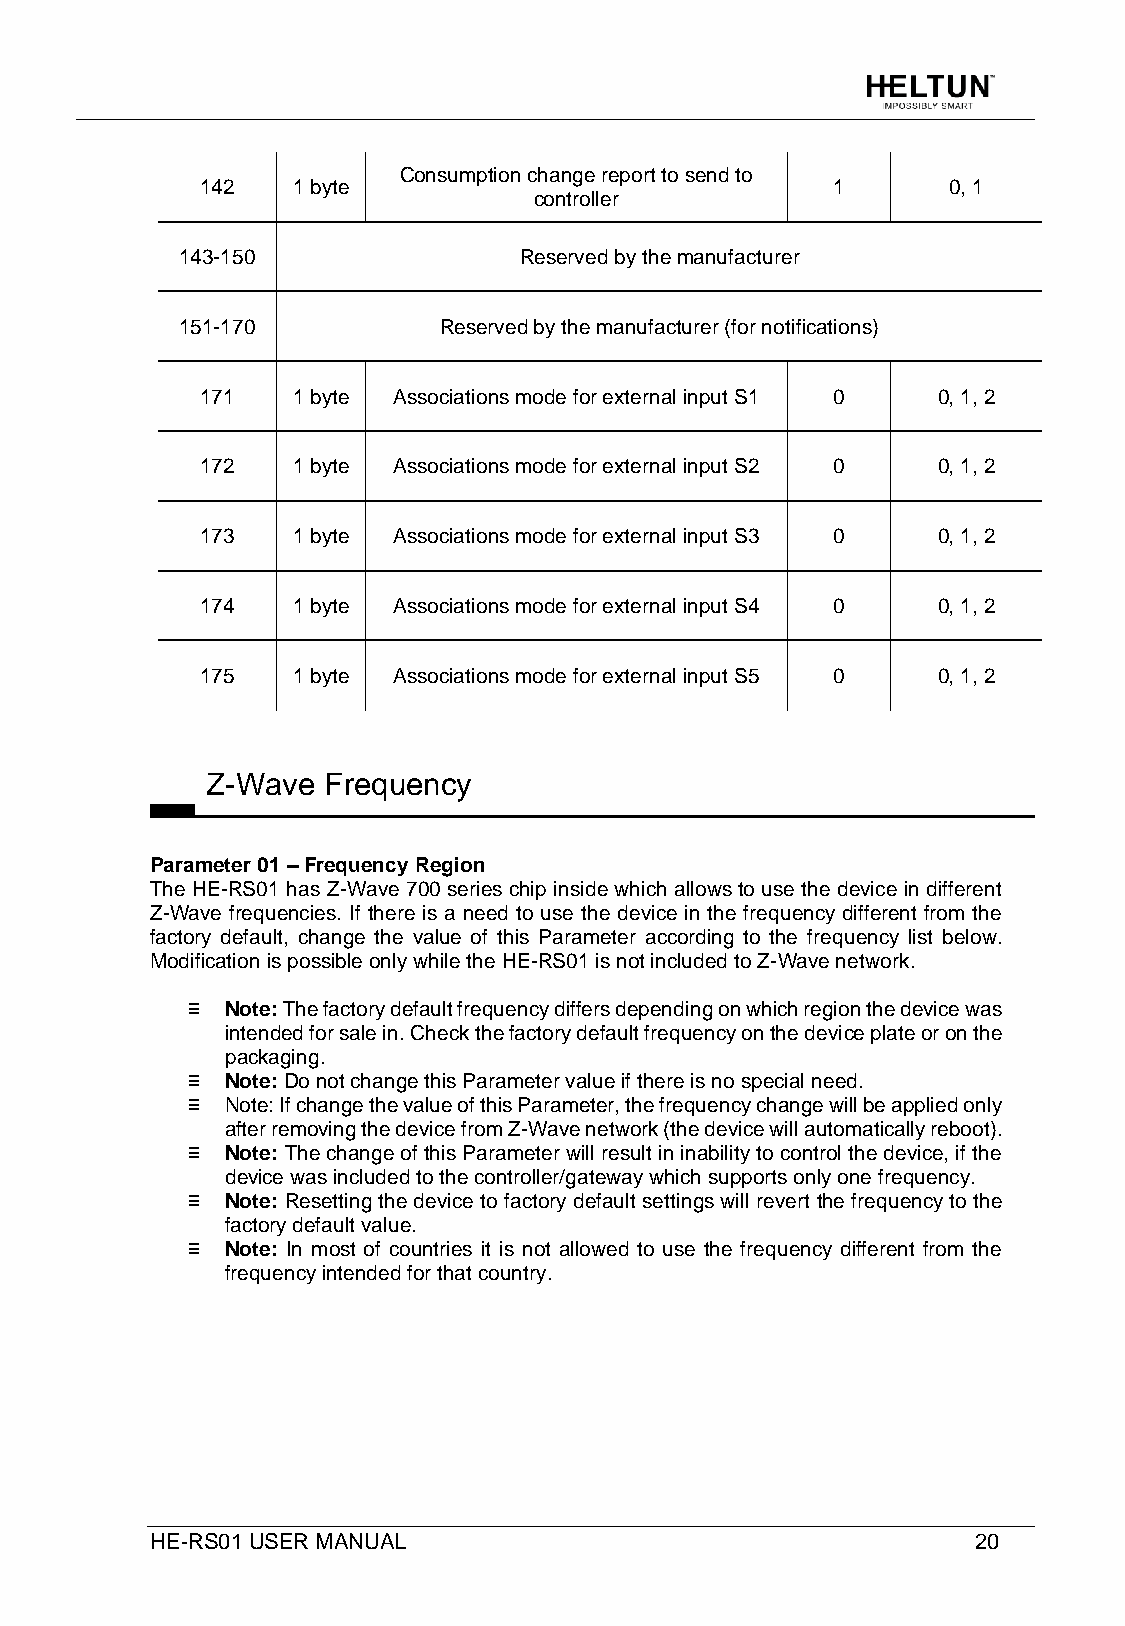
Consumption change report to send to
 142   1 byte                              1       0, 1
 controller
 143-150               Reserved by the manufacturer
 151-170          Reserved by the manufacturer (for notifications)
 171   1 byte Associations mode for external input S1 0 0, 1, 2
 172   1 byte Associations mode for external input S2 0 0, 1, 2
 173   1 byte Associations mode for external input S3 0 0, 1, 2
 174   1 byte Associations mode for external input S4 0 0, 1, 2
 175   1 byte Associations mode for external input S5 0 0, 1, 2
 Z-Wave Frequency
 Parameter 01 – Frequency Region
 The HE-RS01 has Z-Wave 700 series chip inside which allows to use the device in different
 Z-Wave frequencies. If there is a need to use the device in the frequency different from the
 factory default, change the value of this Parameter according to the frequency list below.
 Modification is possible only while the HE-RS01 is not included to Z-Wave network.
 ≡  Note: The factory default frequency differs depending on which region the device was
 intended for sale in. Check the factory default frequency on the device plate or on the
 packaging.
 ≡  Note: Do not change this Parameter value if there is no special need.
 ≡  Note: If change the value of this Parameter, the frequency change will be applied only
 after removing the device from Z-Wave network (the device will automatically reboot).
 ≡  Note: The change of this Parameter will result in inability to control the device, if the
 device was included to the controller/gateway which supports only one frequency.
 ≡  Note: Resetting the device to factory default settings will revert the frequency to the
 factory default value.
 ≡  Note: In most of countries it is not allowed to use the frequency different from the
 frequency intended for that country.
 HE-RS01 USER MANUAL                                    20